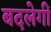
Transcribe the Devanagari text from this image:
बदलेगीं